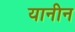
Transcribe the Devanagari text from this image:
यानीन